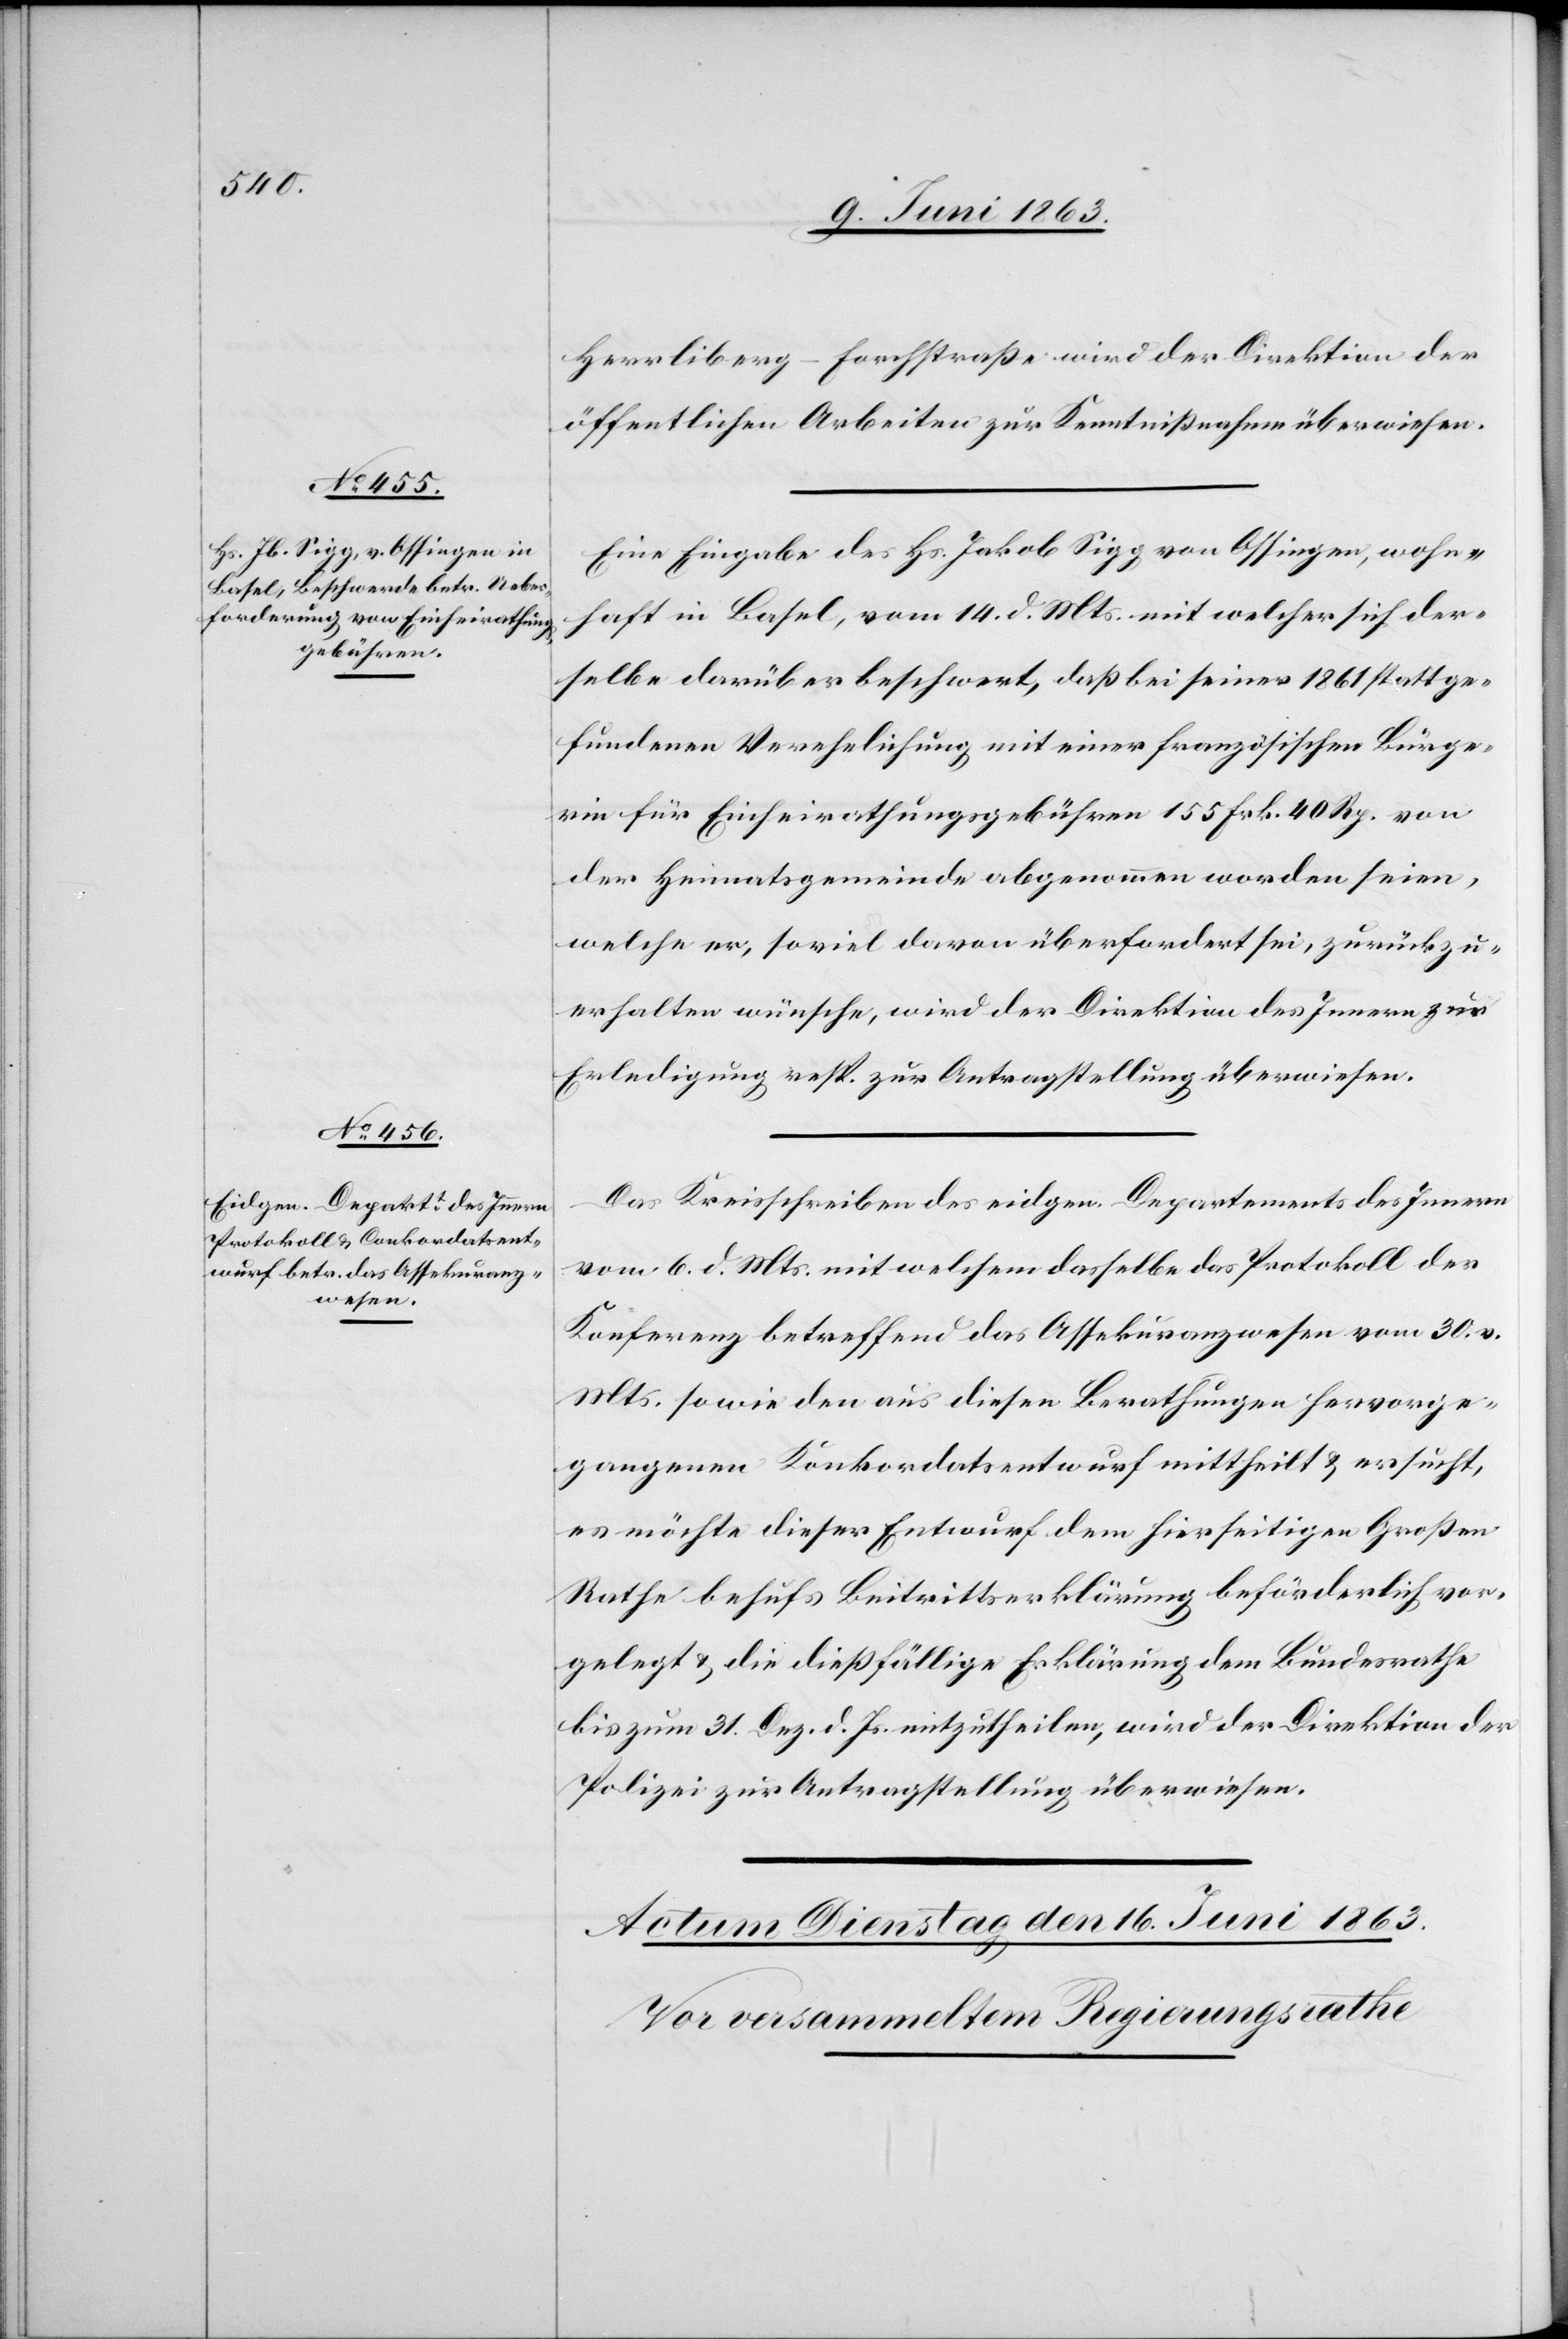
15. Juni 1863.]
Herrliberg–Forchstraße wird der Direktion der
öffentlichen Arbeiten zur Kenntnißnahme überwiesen.
Eine Eingabe des Hs. Jakob Sigg von Ossingen, wohn¬
haft in Basel, vom 14. d. Mts. mit welcher sich der¬
selbe darüber beschwert, daß bei seiner 1861 stattge¬
fundenen Verehelichung mit einer französischen Bürge¬
rin für Einheirathungsgebühren 155 Frk. 40 Rp. von
der Heimatsgemeinde abgenommen worden seien,
welche er, soviel davon überfordert sei, zurückzu¬
erhalten wünsche, wird der Direktion des Innern zur
Erledigung resp. zur Antragstellung überwiesen.
Das Kreisschreiben des eidgen. Departements des Innern
vom 6. d. Mts. mit welchem dasselbe das Protokoll der
Konferenz betreffend das Assekuranzwesen vom 30. v.
Mts. sowie den aus diesen Berathungen hervorge¬
gangenen Konkordatsentwurf mittheilt & ersucht,
es möchte dieser Entwurf dem hierseitigen Großen
Rathe behufs Beitrittserklärung beförderlich vor¬
gelegt & die dießfällige Erklärung dem Bundesrathe
bis zum 31. Dez. d. Js. mitzutheilen, wird der Direktion der
Polizei zur Antragstellung überwiesen.